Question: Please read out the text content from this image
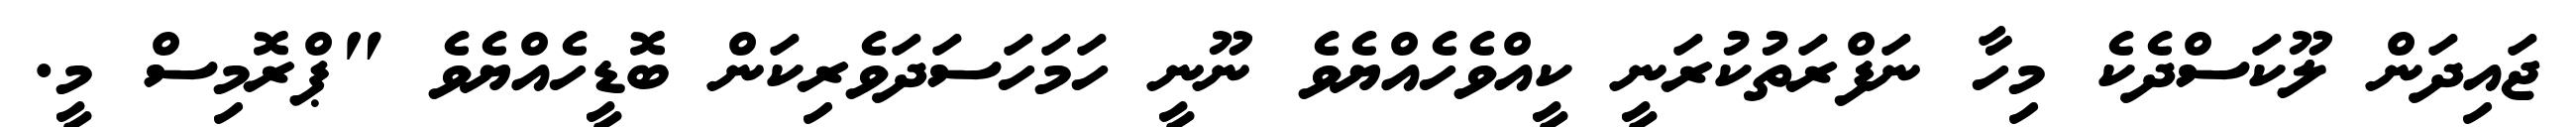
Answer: ޖައިދަން ލޫކަސްދެކެ މިހާ ނަފްރަތުކުރަނީ ކީއްވެހެއްޔެވެ ނޫނީ ހަމަހަސަދަވެރިކަން ބޮޑީހެއްޔެވެ "ޕްރޮމިސް މީ.